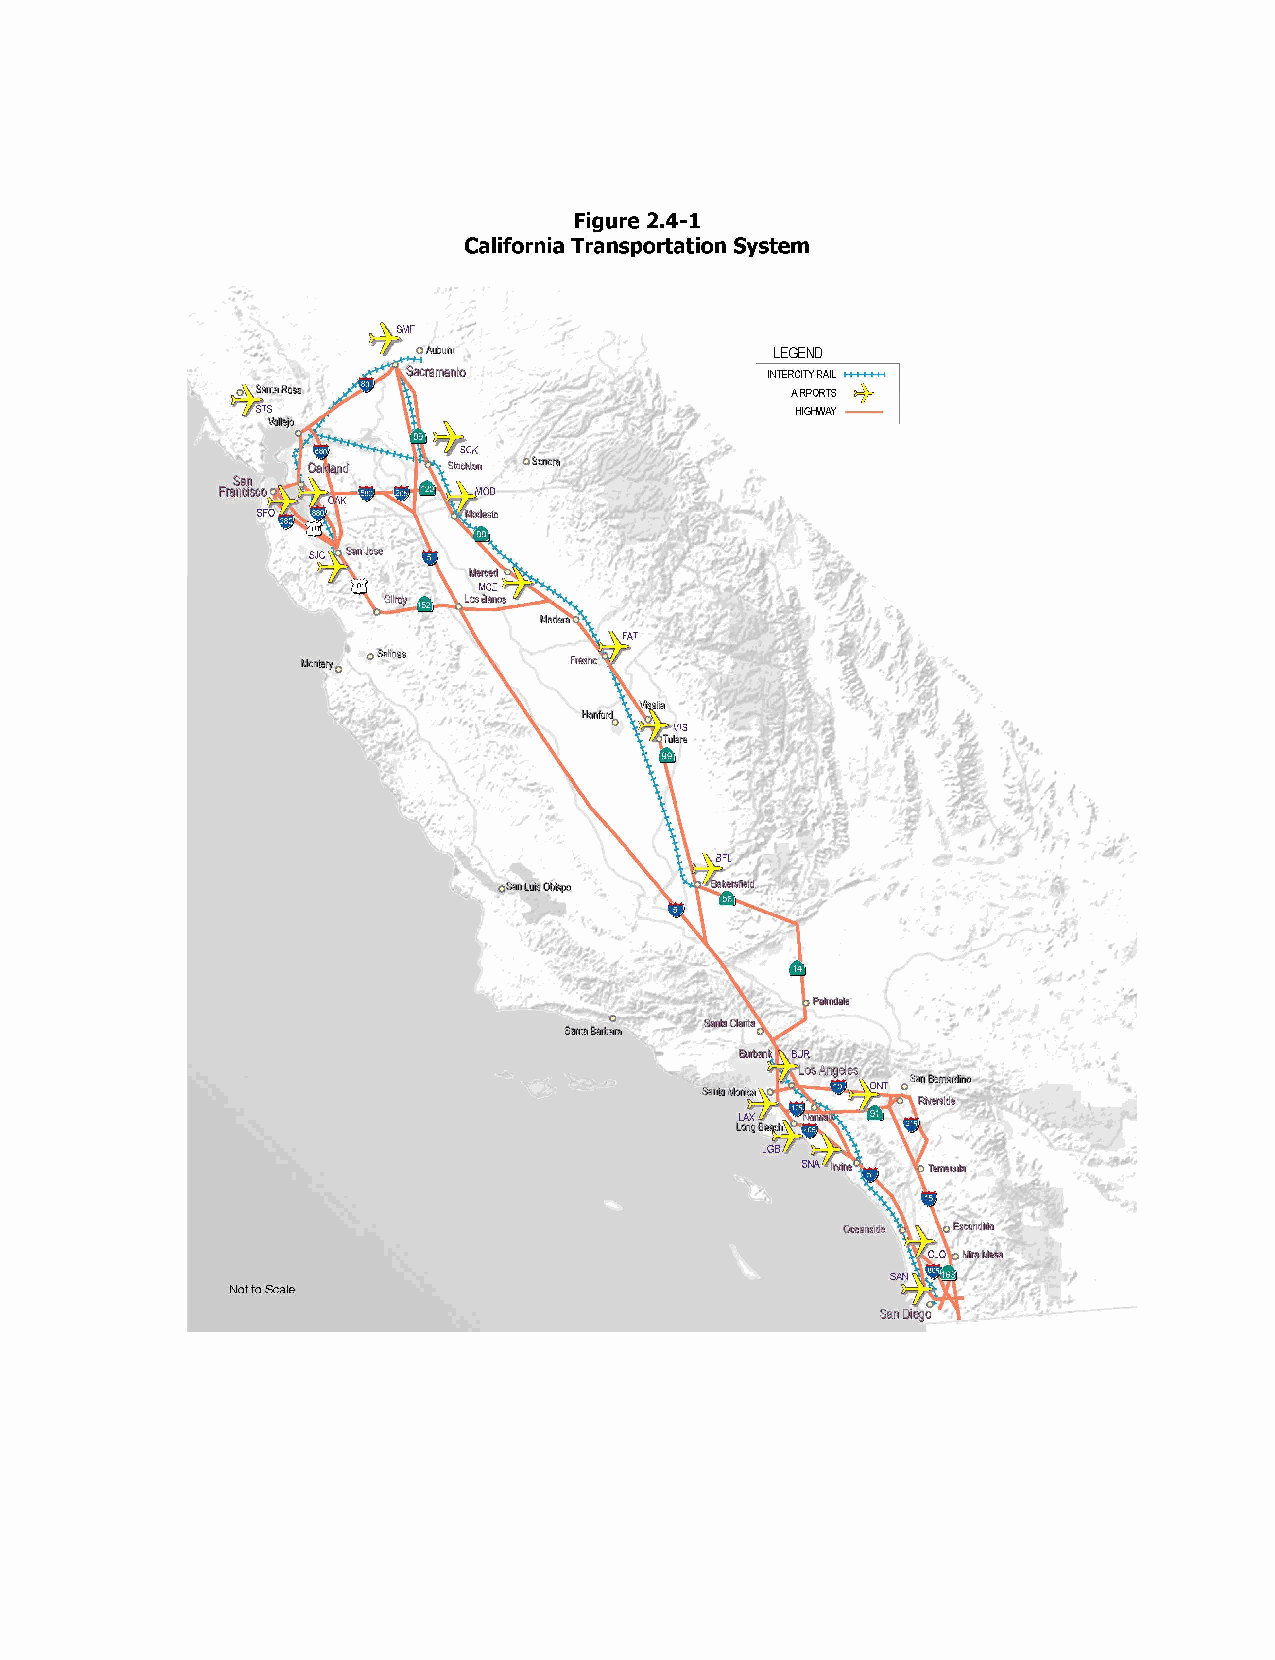
Figure 2.4-1
 California Transportation System
 •·.                               LEGEND
 INTERCilYRAIL >++++++ <
 />JRPORTS
 HGHINAY -­
 Sa~
 Franasco
 o SaHna!;
 Uont91y 0
 ,I
 0
 S'i11la8srtn.-{j
 ...
 Not to Scale